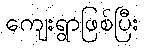
ကျေးရွာဖြစ်ပြီး